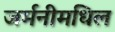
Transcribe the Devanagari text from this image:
जर्मनीमधिल